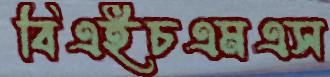
বিএইচএমএস